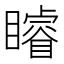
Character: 𥌑